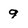
Character: 9